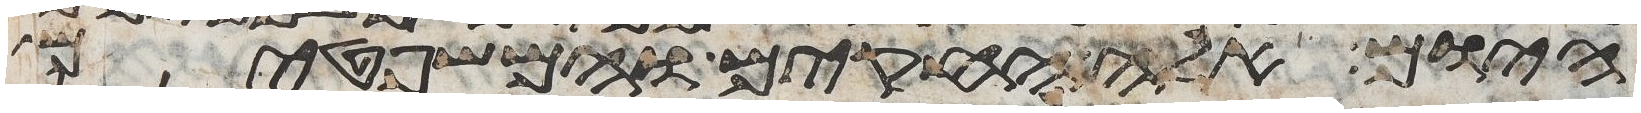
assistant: היום אלה החקים והמשפטים